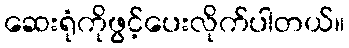
ဆေးရုံကိုဖွင့်ပေးလိုက်ပါတယ်။